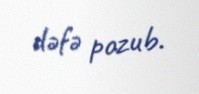
dəfə pozub.